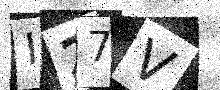
Text: I27V